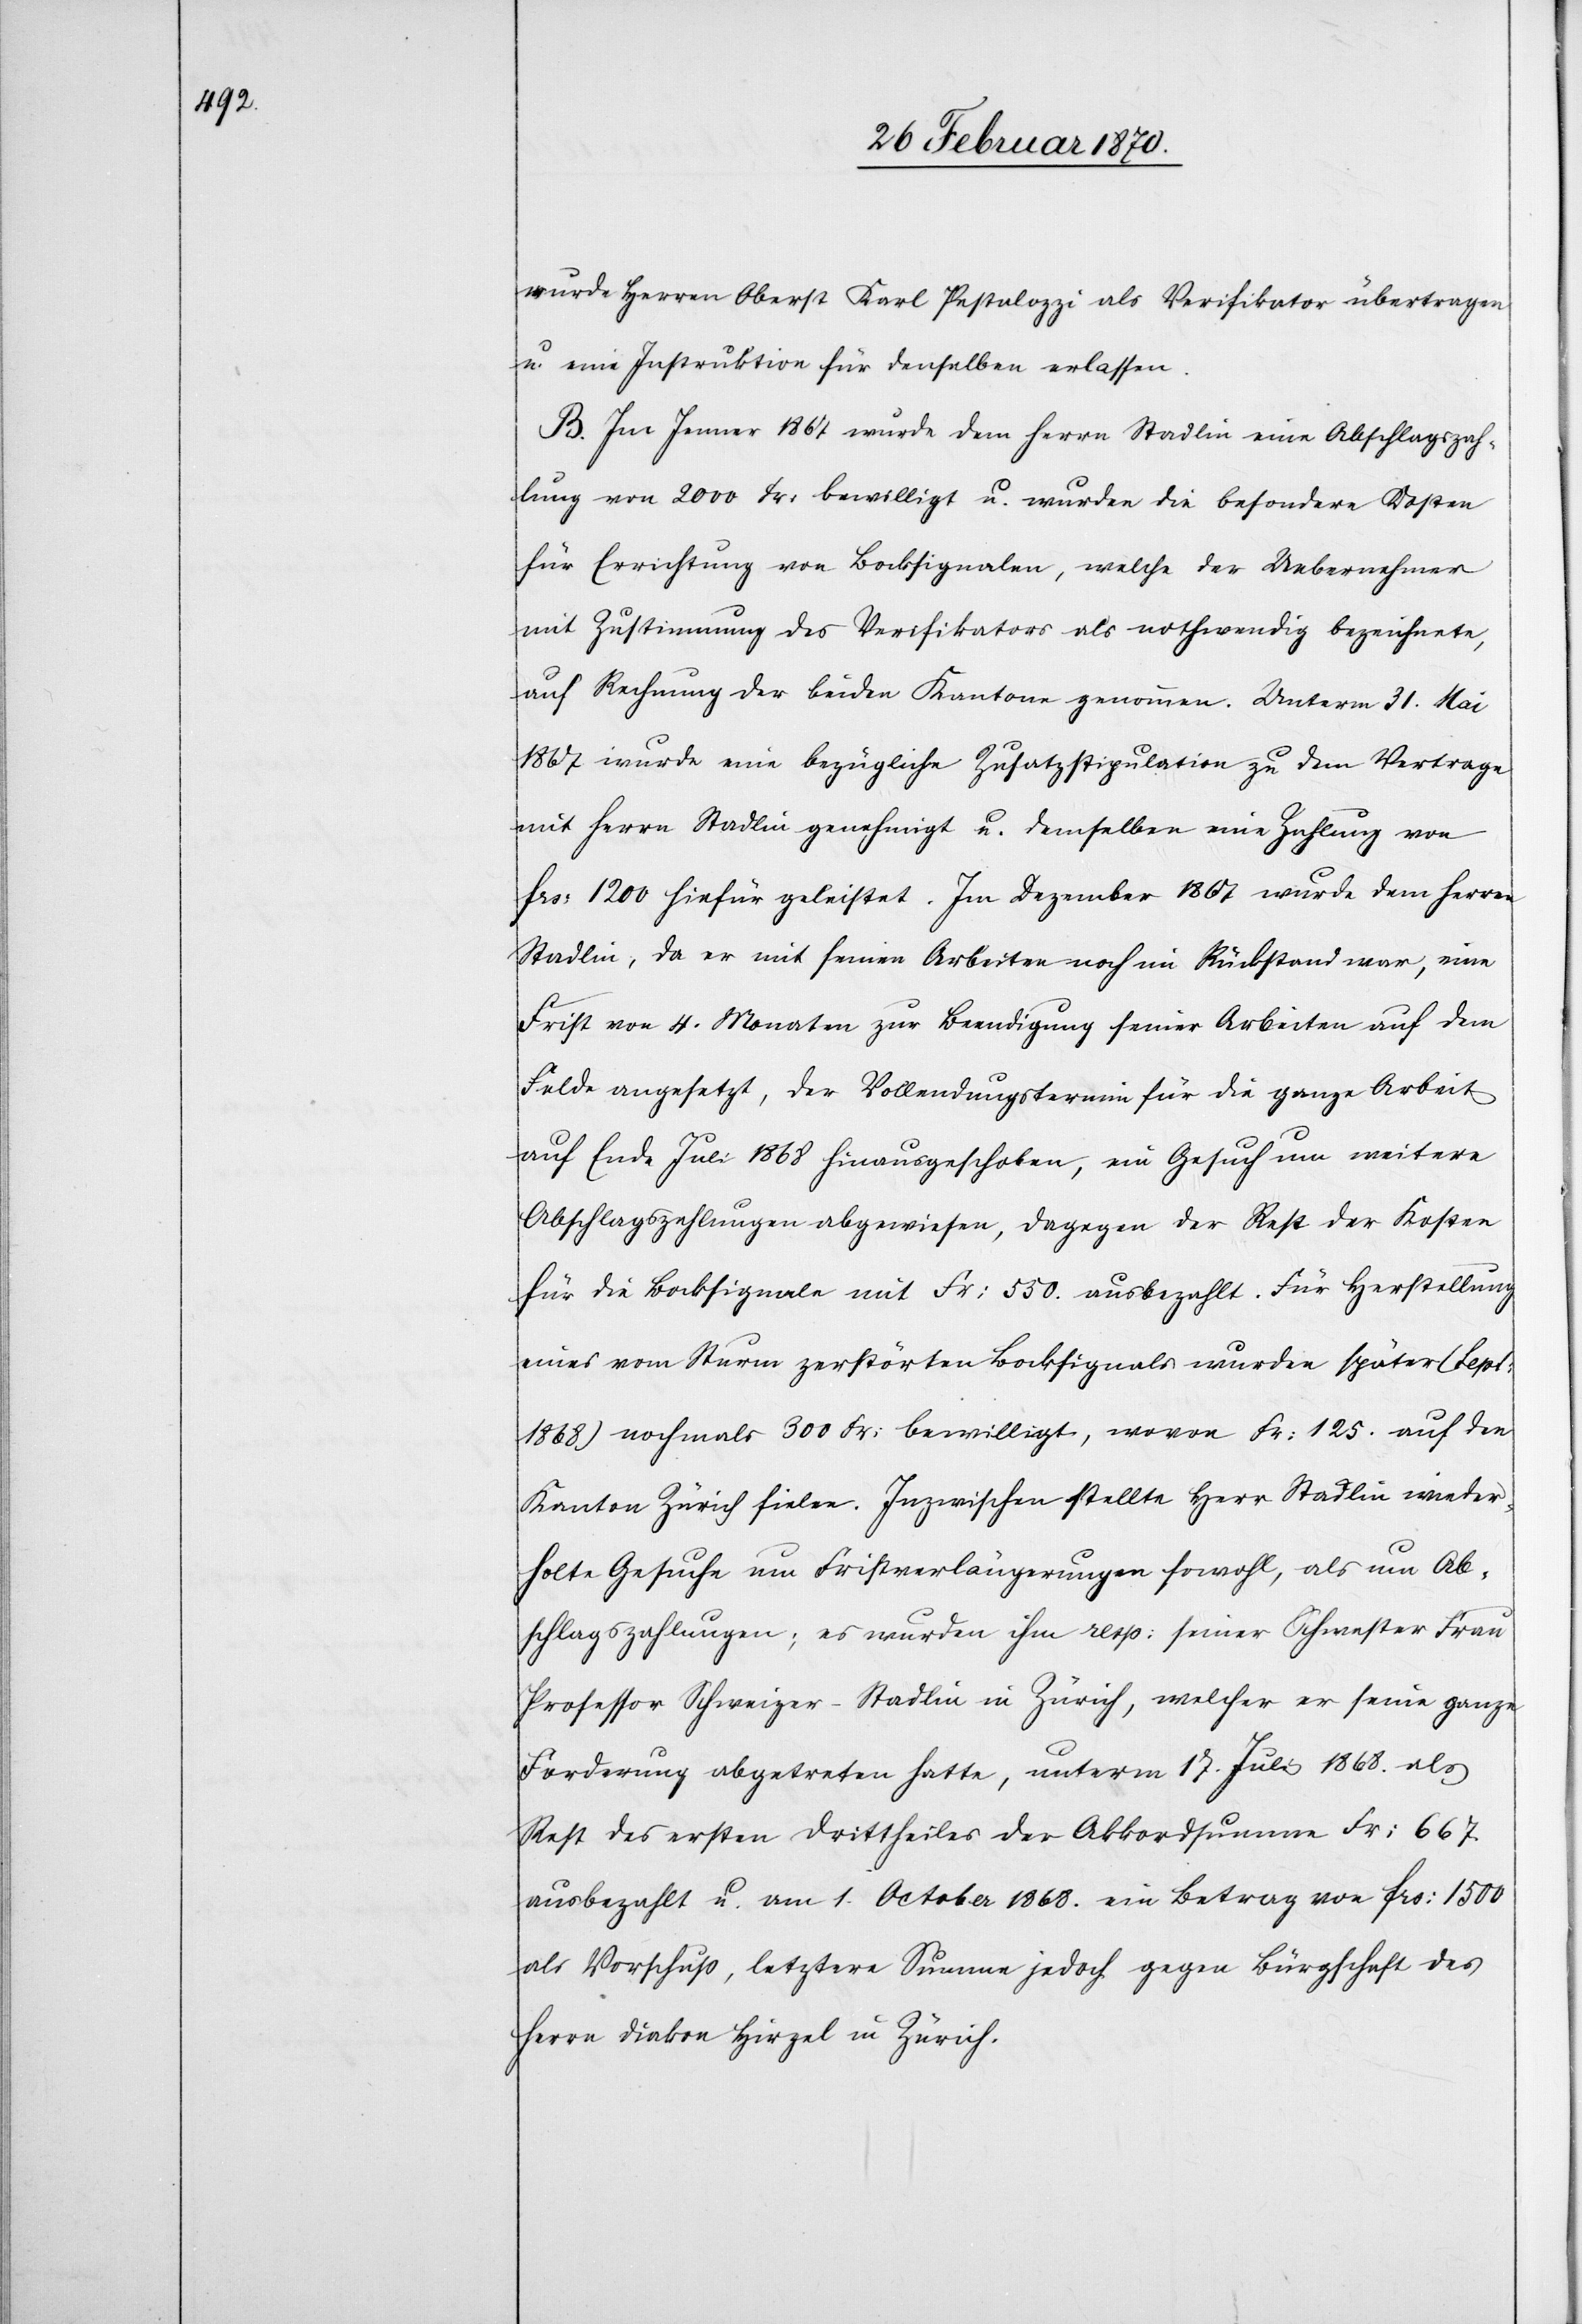
wurde Herren Oberst Karl Pestalozzi als Verifikator übertragen
u. eine Instruktion für denselben erlassen.
B. Im Jenner 1867 wurde dem Herrn Stadlin eine Abschlagszah¬
lung von 2000 Fr: bewilligt u. wurden die besondern Kosten
für Errichtung von Bocksignalen, welche der Uebernehmer
mit Zustimmung des Verifikators als nothwendig bezeichnete,
auf Rechnung der beiden Kantone genommen. Unterm 31. Mai
1967 wurde eine bezügliche Zusatzstipulation zu dem Vertrage
mit Herrn Stadlin genehmigt u. demselben eine Zahlung von
frs: 1200 hiefür geleistet. Im Dezember 1867 wurde dem Herrn
Stadlin, da er mit seinen Arbeiten noch im Rückstand war, eine
Frist von 4. Monaten zur Beendigung seiner Arbeiten auf dem
Felde angesetzt, der Vollendungstermin für die ganze Arbeit
auf Ende Juli 1868 hinausgeschoben, ein Gesuch um weitere
Abschlagszahlungen abgewiesen, dagegen der Rest der Kosten
für die Bocksignale mit Fr: 550. ausbezahlt. Für Herstellung
eines vom Sturm zerstörten Bocksignals wurden später (Sept:
1868) nochmals 300 Fr: bewilligt, wovon Fr: 125. auf den
Kanton Zürich fielen. Inzwischen stellte Herr Stadlin wieder¬
holte Gesuche um Fristverlängerungen sowohl, als um Ab¬
schlagszahlungen; es wurden ihm resp: seiner Schwester Frau
Professor Schweizer-Stadlin in Zürich, welcher er seine ganze
Forderung abgetreten hatte, unterm 17. Juli 1868. als
Rest des ersten Drittheiles der Akkordsumme Fr: 667.
ausbezahlt u. am 1. October 1868. ein Betrag von frs: 1500
als Vorschuß, letztere Summe jedoch gegen Bürgschaft des
Herrn Diakon Hirzel in Zürich.